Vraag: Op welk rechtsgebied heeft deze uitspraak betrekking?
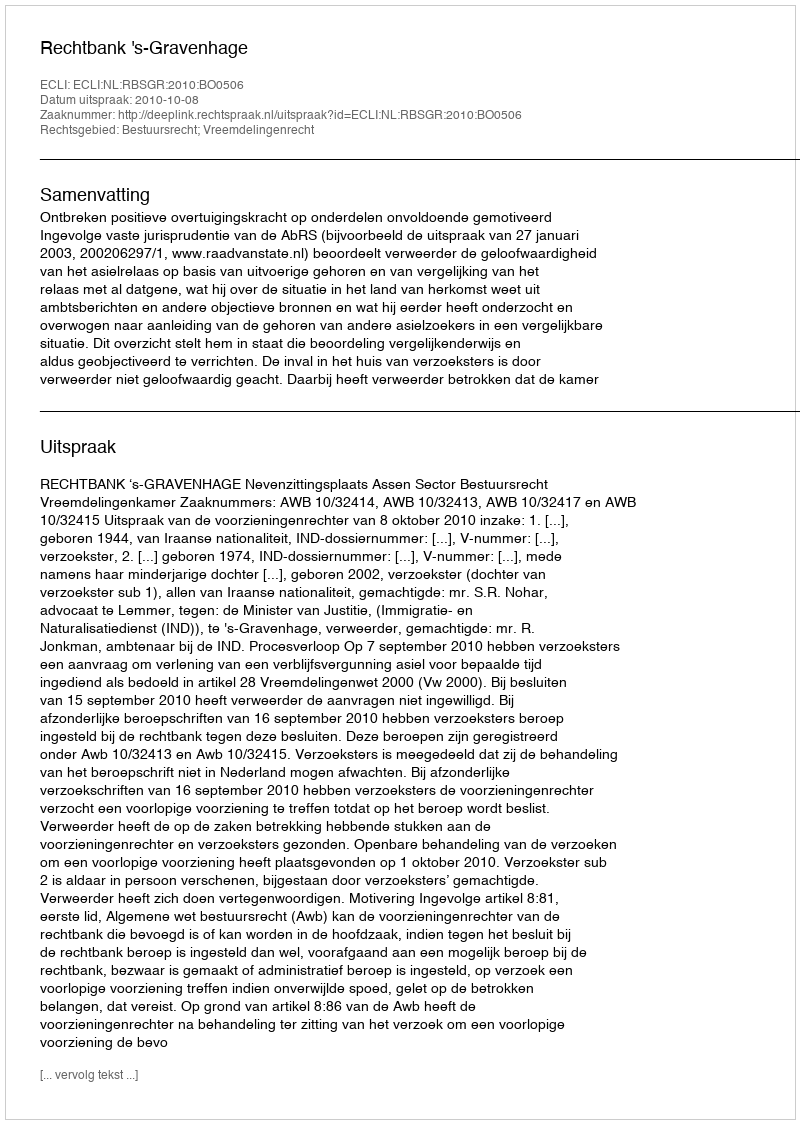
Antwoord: Bestuursrecht; Vreemdelingenrecht